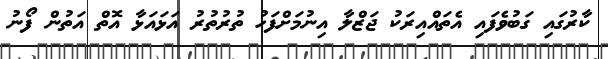
ކާރުގައި ގަބުވެފައި އެތައްއިރަކު ޖަޒްލާ އިނުމަށްފަހު ތުރުތުރު އަޅައަޅާ އޮތް އަތުން ފޯނު